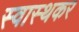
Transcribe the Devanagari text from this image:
स्वास्थकर